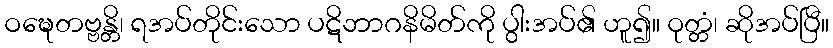
ဝဍ္ဎေတဗ္ဗန္တိ၊ ရအပ်တိုင်းသော ပဋိဘာဂနိမိတ်ကို ပွါးအပ်၏ ဟူ၍။ ဝုတ္တံ၊ ဆိုအပ်ပြီ။